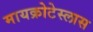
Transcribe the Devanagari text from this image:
मायक्रोटेस्लास